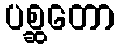
ပစ္ဆတော